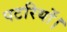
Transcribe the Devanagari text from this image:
पटरियों।